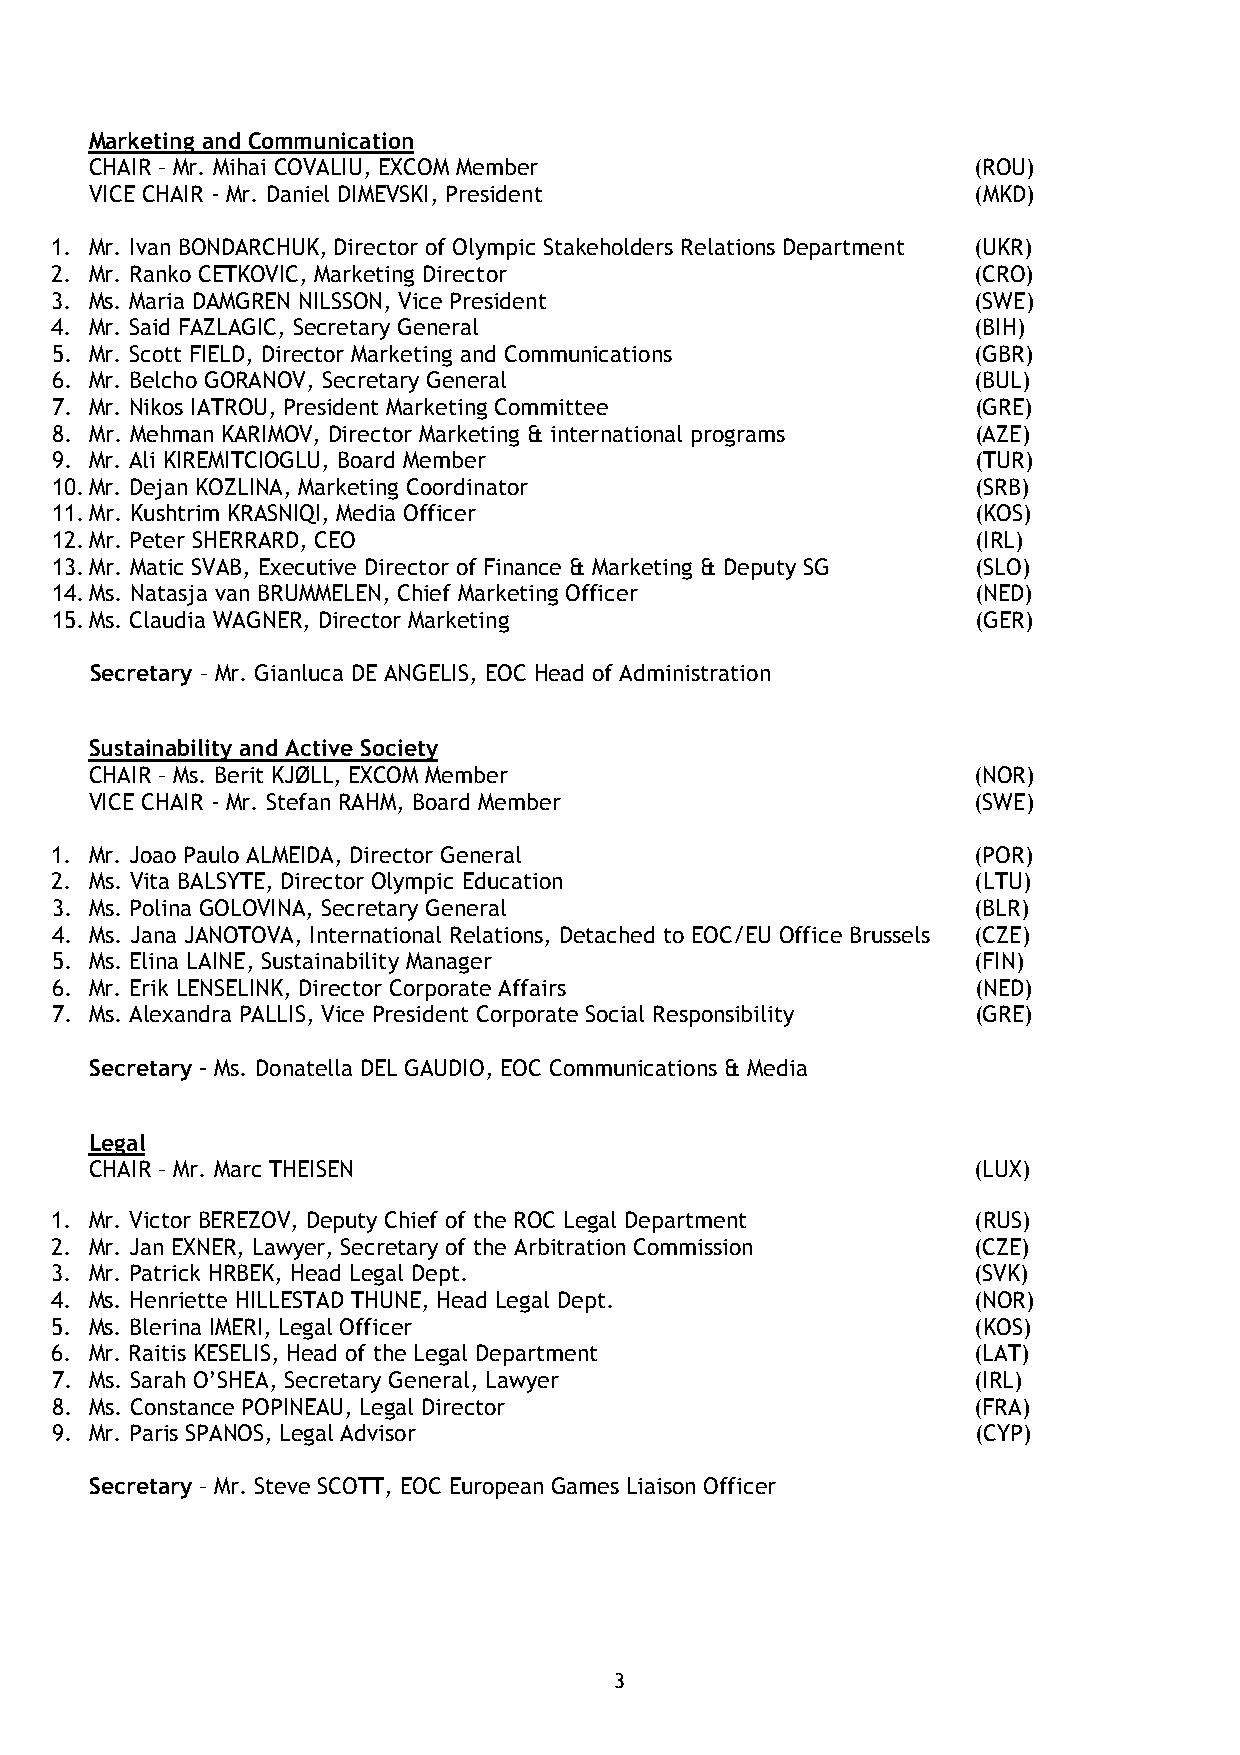
Marketing and Communication
 CHAIR – Mr. Mihai COVALIU, EXCOM Member                   (ROU)
 VICE CHAIR - Mr. Daniel DIMEVSKI, President               (MKD)
 1. Mr. Ivan BONDARCHUK, Director of Olympic Stakeholders Relations Department (UKR)
 2. Mr. Ranko CETKOVIC, Marketing Director                    (CRO)
 3. Ms. Maria DAMGREN NILSSON, Vice President                 (SWE)
 4. Mr. Said FAZLAGIC, Secretary General                      (BIH)
 5. Mr. Scott FIELD, Director Marketing and Communications    (GBR)
 6. Mr. Belcho GORANOV, Secretary General                     (BUL)
 7. Mr. Nikos IATROU, President Marketing Committee           (GRE)
 8. Mr. Mehman KARIMOV, Director Marketing & international programs (AZE)
 9. Mr. Ali KIREMITCIOGLU, Board Member                       (TUR)
 10. Mr. Dejan KOZLINA, Marketing Coordinator                  (SRB)
 11. Mr. Kushtrim KRASNIQI, Media Officer                      (KOS)
 12. Mr. Peter SHERRARD, CEO                                   (IRL)
 13. Mr. Matic SVAB, Executive Director of Finance & Marketing & Deputy SG (SLO)
 14. Ms. Natasja van BRUMMELEN, Chief Marketing Officer        (NED)
 15. Ms. Claudia WAGNER, Director Marketing                    (GER)
 Secretary – Mr. Gianluca DE ANGELIS, EOC Head of Administration
 Sustainability and Active Society
 CHAIR – Ms. Berit KJØLL, EXCOM Member                     (NOR)
 VICE CHAIR - Mr. Stefan RAHM, Board Member                (SWE)
 1. Mr. Joao Paulo ALMEIDA, Director General                  (POR)
 2. Ms. Vita BALSYTE, Director Olympic Education              (LTU)
 3. Ms. Polina GOLOVINA, Secretary General                    (BLR)
 4. Ms. Jana JANOTOVA, International Relations, Detached to EOC/EU Office Brussels (CZE)
 5. Ms. Elina LAINE, Sustainability Manager                   (FIN)
 6. Mr. Erik LENSELINK, Director Corporate Affairs            (NED)
 7. Ms. Alexandra PALLIS, Vice President Corporate Social Responsibility (GRE)
 Secretary – Ms. Donatella DEL GAUDIO, EOC Communications & Media
 Legal
 CHAIR – Mr. Marc THEISEN                                  (LUX)
 1. Mr. Victor BEREZOV, Deputy Chief of the ROC Legal Department (RUS)
 2. Mr. Jan EXNER, Lawyer, Secretary of the Arbitration Commission (CZE)
 3. Mr. Patrick HRBEK, Head Legal Dept.                       (SVK)
 4. Ms. Henriette HILLESTAD THUNE, Head Legal Dept.           (NOR)
 5. Ms. Blerina IMERI, Legal Officer                          (KOS)
 6. Mr. Raitis KESELIS, Head of the Legal Department          (LAT)
 7. Ms. Sarah O’SHEA, Secretary General, Lawyer               (IRL)
 8. Ms. Constance POPINEAU, Legal Director                    (FRA)
 9. Mr. Paris SPANOS, Legal Advisor                           (CYP)
 Secretary – Mr. Steve SCOTT, EOC European Games Liaison Officer
 3